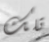
تلك